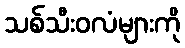
သစ်သီးဝလံများကို